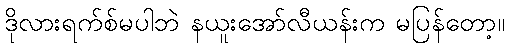
ဒိုလားရက်စ်မပါဘဲ နယူးအော်လီယန်းက မပြန်တော့။